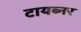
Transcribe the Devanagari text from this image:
टायब्नर